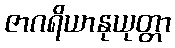
ဇာဂရိယာနုယုတ္တာ